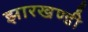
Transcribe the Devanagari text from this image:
झारखण्‍डी